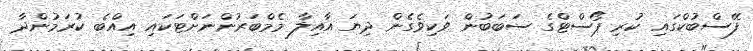
ފޭސްބުކްގައި ކުރި ޕޯސްޓްގެ ސަބަބުން ވަކިވެގެން ދިޔަ އާއިލާ މެމްބަރުންނަށްޓަކައި އިއްބެ ކުރަމުންދާ